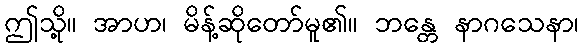
ဤသို့။ အာဟ၊ မိန့်ဆိုတော်မူ၏။ ဘန္တေ နာဂသေနာ၊